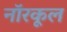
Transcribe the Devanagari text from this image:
नॉरकूल